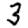
Digit: 3